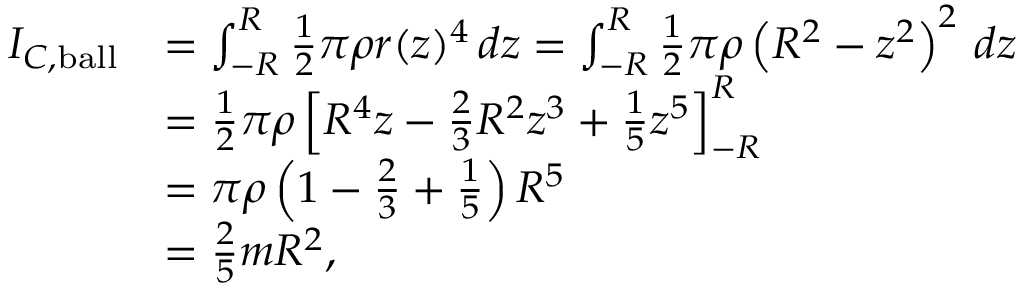
{ \begin{array} { r l } { I _ { C , { \mathrm { b a l l } } } } & { = \int _ { - R } ^ { R } { \frac { 1 } { 2 } } \pi \rho r ( z ) ^ { 4 } \, d z = \int _ { - R } ^ { R } { \frac { 1 } { 2 } } \pi \rho \left( R ^ { 2 } - z ^ { 2 } \right) ^ { 2 } \, d z } \\ & { = { \frac { 1 } { 2 } } \pi \rho \left[ R ^ { 4 } z - { \frac { 2 } { 3 } } R ^ { 2 } z ^ { 3 } + { \frac { 1 } { 5 } } z ^ { 5 } \right] _ { - R } ^ { R } } \\ & { = \pi \rho \left( 1 - { \frac { 2 } { 3 } } + { \frac { 1 } { 5 } } \right) R ^ { 5 } } \\ & { = { \frac { 2 } { 5 } } m R ^ { 2 } , } \end{array} }